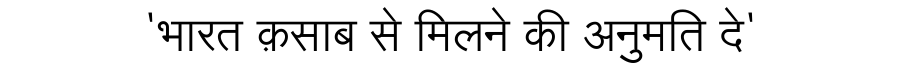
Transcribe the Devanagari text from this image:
'भारत क़साब से मिलने की अनुमति दे'